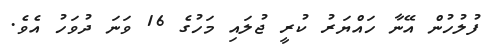
ފުލުހުން އޭނާ ހައްޔަރު ކުރީ ޖުލައި މަހުގެ 16 ވަނަ ދުވަހު އެވެ.